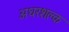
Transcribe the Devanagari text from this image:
अधरशल्क